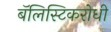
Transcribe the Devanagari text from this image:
बॅलिस्टिकरोधी